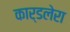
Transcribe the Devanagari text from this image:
कार्डलेरा